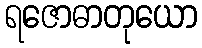
ရဇောဓာတုယော